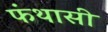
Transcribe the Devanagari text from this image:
फंथासी